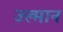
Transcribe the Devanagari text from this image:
उल्मान